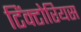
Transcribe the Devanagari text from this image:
टिंक्टोरियस